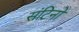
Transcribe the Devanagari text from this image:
संटिनो